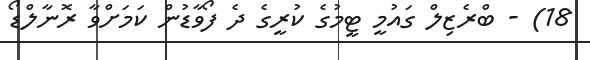
18) - ބްރެޒިލް ގައުމީ ޓީމުގެ ކުރީގެ ދެ ފޯވާޑުން ކަމަށްވާ ރޮނާލްޑޯ